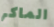
الماكر